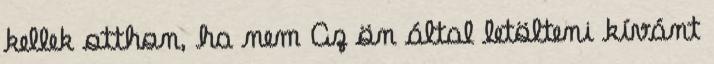
kellek otthon, ha nem Az ön által letölteni kívánt